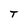
Character: T